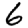
Digit: 6